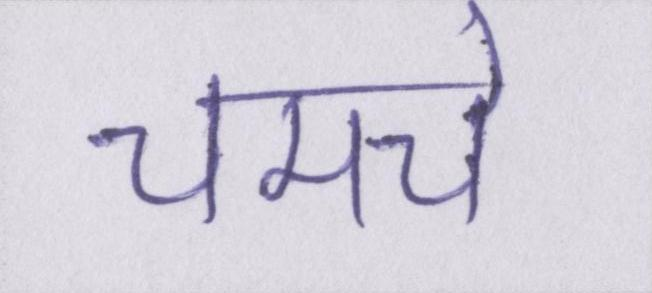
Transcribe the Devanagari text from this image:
चमचे